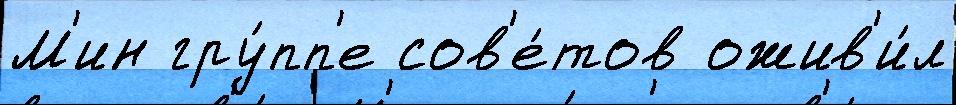
М'ин гру́пп'е сов'е́тов ожив'и́л